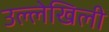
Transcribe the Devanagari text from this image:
उल्लेखिली